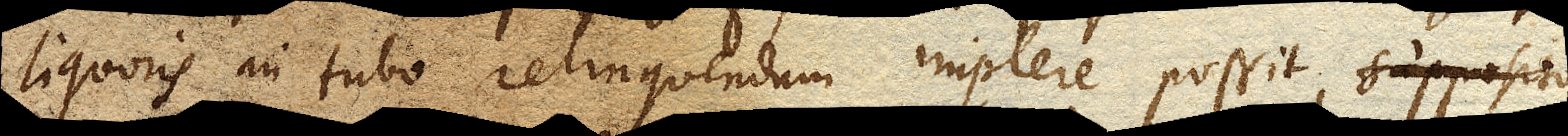
liquoris in tubo relinquendum implere possit, supposito